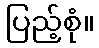
ပြည့်စုံ။